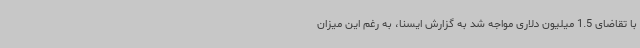
با تقاضای 1.5 میلیون دلاری مواجه شد به گزارش ایسنا، به رغم این میزان